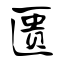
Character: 匮